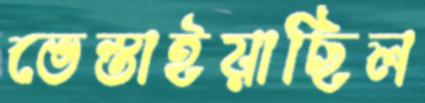
ভেস্তাইয়াছিল